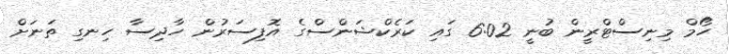
ހޯމް މިނިސްޓްރީން ބުނީ 6:02 ގައި ކަރެކްޝަންސްގެ އޮފިސަރުން ހާދިސާ ހިނގި ތަނަށް